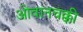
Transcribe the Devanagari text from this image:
ओवानचक्की